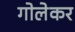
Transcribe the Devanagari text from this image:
गोलेकर